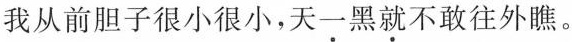
我从前胆子很小很小，天\underset{·}{一}黑\underset{·}{就}不敢往外瞧。